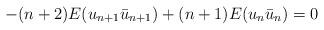
LaTeX: \begin{gather*}-(n+2)E(u_{n+1} \bar{u}_{n+1})+(n+1)E(u_n\bar{u}_n)=0\end{gather*}